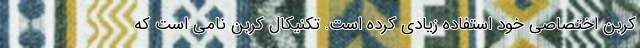
کربن اختصاصی خود استفاده زیادی کرده است. تکنیکال کربن نامی است که